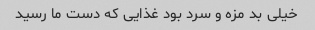
خیلی بد مزه و سرد بود غذایی که دست ما رسید